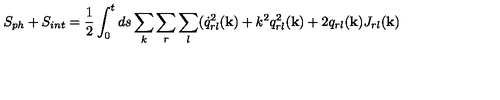
S _ { p h } + S _ { i n t } = \frac { 1 } { 2 } \int _ { 0 } ^ { t } d s \sum _ { k } \sum _ { r } \sum _ { l } ( \dot { q } _ { r l } ^ { 2 } ( { \bf k } ) + k ^ { 2 } q _ { r l } ^ { 2 } ( { \bf k } ) + 2 q _ { r l } ( { \bf k } ) J _ { r l } ( { \bf k } )